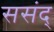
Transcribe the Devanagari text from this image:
ससंद्